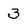
Character: 3